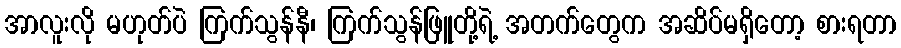
အာလူးလို မဟုတ်ပဲ ကြက်သွန်နီ၊ ကြက်သွန်ဖြူတို့ရဲ့ အတက်တွေက အဆိပ်မရှိတော့ စားရတာ